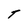
Character: t